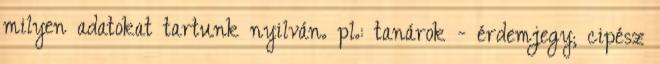
milyen adatokat tartunk nyilván. pl.: tanárok - érdemjegy; cipész